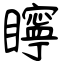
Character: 矃